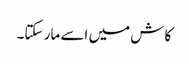
کاش میں اسے مار سکتا۔